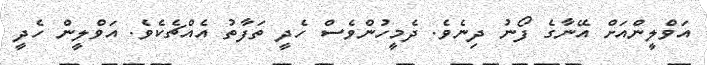
އަވްލީންއަށް އޭނާގެ ފޯނު ދިނެވެ. ދެމީހުންވެސް ހެދީ ތަފާތު އެއްޗެކެވެ. އަވްލީން ހެދީ